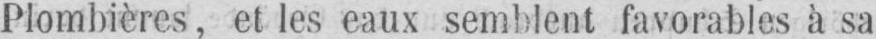
Plombières, et les eaux semblent favorables à sa